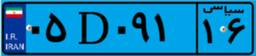
۰۳D۲۰۴۷۹